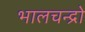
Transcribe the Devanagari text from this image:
भालचन्द्रो